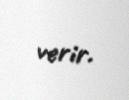
verir.